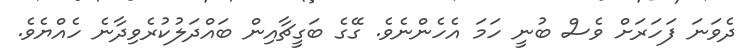
ދެވަނަ ފަހަރަށް ވެސް ބުނީ ހަމަ އެހެންނެވެ. ގޭގެ ބަގީޗާއިން ބައްދަލުކުރެވިދާނެ ހެއްޔެވެ.